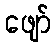
ဖျော်